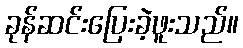
ခုန်ဆင်းပြေးခဲ့ဖူးသည်။